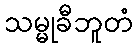
သမ္မုခီဘူတံ